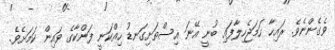
ވެގެންނެވެ. ރައިހާ ހަމަޖެހިލާފައި ބުނީ އޭނަ އިސްތަށިގަނޑު ހިއްކަނީ ފަންކާގެ ވައިން ކަމަށެވެ.